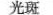
光斑